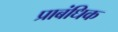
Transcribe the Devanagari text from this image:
प्राबंधिक